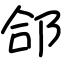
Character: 郃